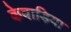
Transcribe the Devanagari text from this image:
केवाड़िया